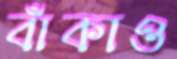
বাঁকাও